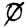
Digit: 0